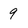
Character: 9